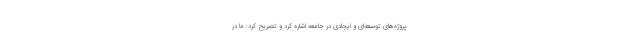
پروژه‌های توسعه‌ای و ایجادی در جامعه اشاره کرد و تصریح کرد: ما در